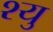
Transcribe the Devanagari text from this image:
श्यु